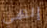
إلهي